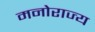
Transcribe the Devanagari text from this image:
मनोराज्य